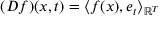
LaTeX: ( D f ) ( x , t ) = \langle f ( x ) , e _ { t } \rangle _ { \mathbb { R } ^ { T } }